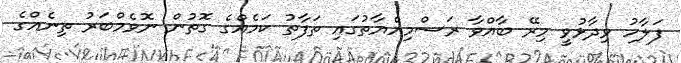
ފަލާހު ވިދާޅުވީ މިރޭ ބާއްވާ ރަސްމިއްޔާތުގައި ތަފާތު ކަމެއްގެ ގޮތުން ނޮވެމްބަރު ތިނެއްގެ